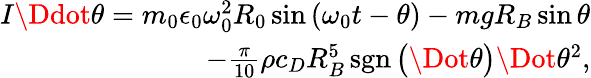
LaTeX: \begin{array}{r}{I\Ddot{\theta}=m_{0}\epsilon_{0}\omega_{0}^{2}R_{0}\sin{\left(\omega_{0}t-\theta\right)}-mgR_{B}\sin{\theta}}\\ {-\frac{\pi}{10}\rho c_{D}R_{B}^{5}\operatorname{sgn}\big(\Dot{\theta}\big)\Dot{\theta}^{2},}\end{array}